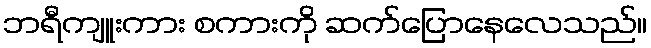
ဘရီကျူးကား စကားကို ဆက်ပြောနေလေသည်။